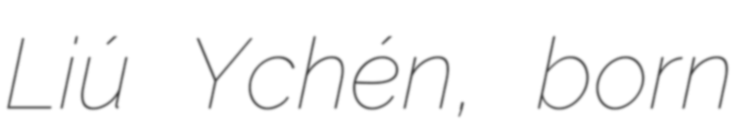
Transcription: Liú Yǔchén, born